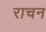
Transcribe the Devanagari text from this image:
राचन